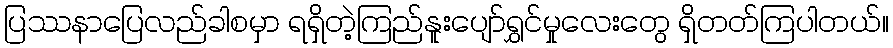
ပြဿနာပြေလည်ခါစမှာ ရရှိတဲ့ကြည်နူးပျော်ရွှင်မှုလေးတွေ ရှိတတ်ကြပါတယ်။